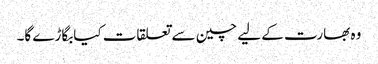
وہ بھارت کے لیے چین سے تعلقات کیابگاڑے گا۔